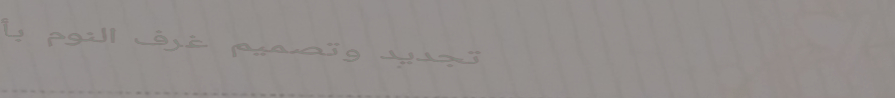
تجديد وتصميم غرف النوم بأ